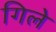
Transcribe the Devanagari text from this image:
गिले